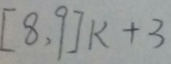
[ 8 , 9 ] k + 3